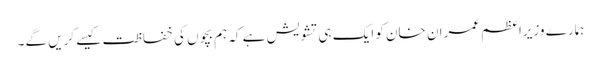
ہمارے وزیراعظم عمران خان کو ایک ہی تشویش ہے کہ ہم بچوں کی خفاظت کیسے کریں گے۔